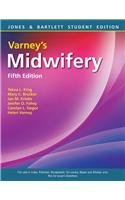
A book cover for Varney's Midwifery; Mary C Brucker; Medical Books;